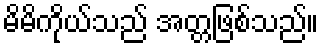
မိမိကိုယ်သည် အတ္တဖြစ်သည်။